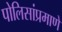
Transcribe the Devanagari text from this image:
पोलिसांप्रमाणे